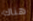
هناك